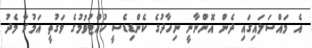
އެ މައްސަލައިގައި ދެން އޮންނާނީ ނިހާދުގެ ކެންޑިޑެސީ ހުއްޓުވުމުގެ ވަގުތީ އަމުރާ މެދު